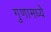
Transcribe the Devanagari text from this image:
गुणामध्ये